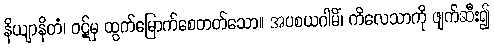
နိယျာနိတံ၊ ဝဋ်မှ ထွက်မြောက်စေတတ်သော။ အပစယဂါမိံ၊ ကိလေသာကို ဖျက်ဆီး၍